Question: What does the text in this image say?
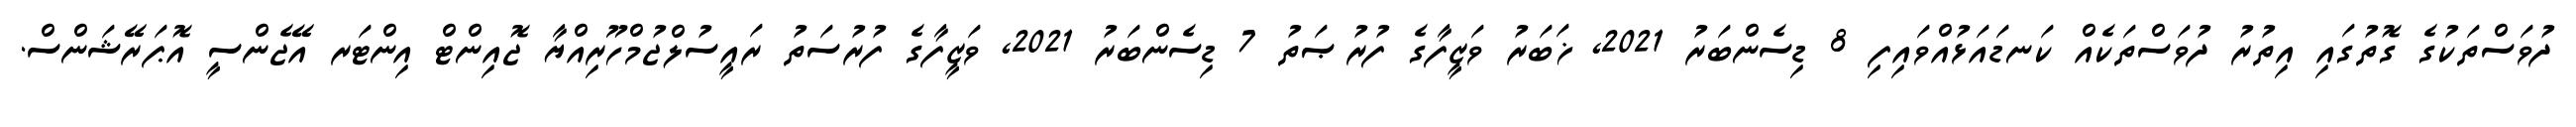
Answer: ދުވަސްތަކުގެ ގޮތުގައި އިތުރު ދުވަސްތަކެއް ކަނޑައަޅުއްވައިފި 8 ޑިސެންބަރު 2021, ޚަބަރު ވަޒީފާގެ ފުރުޞަތު 7 ޑިސެންބަރު 2021, ވަޒީފާގެ ފުރުސަތު ރައީސުލްޖުމްހޫރިއްޔާ ޖޮއިންޓް އިންޓަރ އޭޖެންސީ އޮޕަރޭޝަންސް.